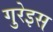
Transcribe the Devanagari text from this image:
गुरेइस